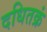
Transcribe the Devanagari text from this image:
दधितक्रं